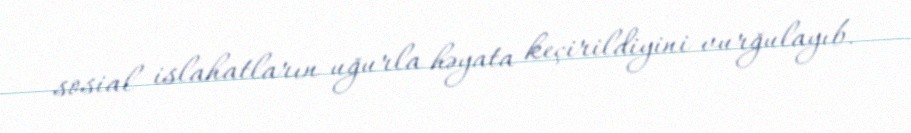
sosial islahatların uğurla həyata keçirildiyini vurğulayıb.